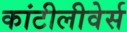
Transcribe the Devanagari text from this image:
कांटीलीवेर्स